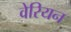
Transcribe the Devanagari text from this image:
वेरियन